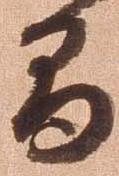
間